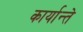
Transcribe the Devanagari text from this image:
कार्यान्ते